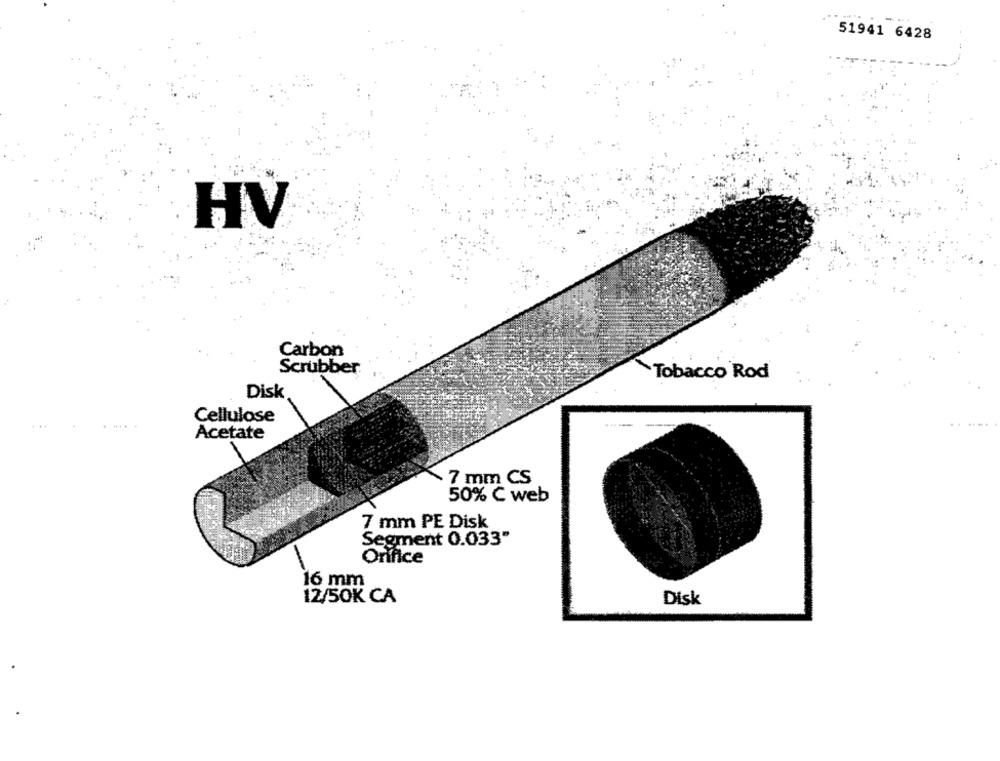
51941 6428
HV
Carbon
Scrubber
Tobacco Rod
Disk
Cellulose
Acetate
7 mm CS
50% C web
7 mm PE Disk
Segment 0.033"
Orifice
16 mm
12/50K CA
Disk